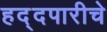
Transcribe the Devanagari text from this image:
हद्दपारीचे